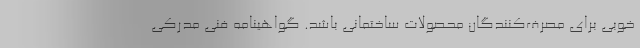
خوبی برای مصرف‌کنندگان محصولات ساختمانی باشد. گواهینامه فنی مدرکی